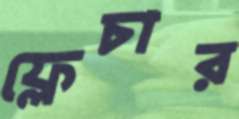
ফ্লেচার